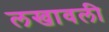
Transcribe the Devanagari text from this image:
लखावली